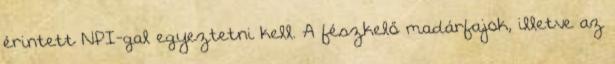
érintett NPI-gal egyeztetni kell. A fészkelő madárfajok, illetve az